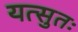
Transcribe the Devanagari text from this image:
यत्सुतः